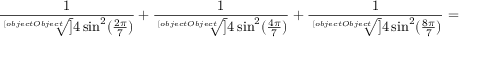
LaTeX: { \frac { 1 } { \sqrt [ [object Object] ] { 4 \sin ^ { 2 } ( { \frac { 2 \pi } { 7 } } ) } } } + { \frac { 1 } { \sqrt [ [object Object] ] { 4 \sin ^ { 2 } ( { \frac { 4 \pi } { 7 } } ) } } } + { \frac { 1 } { \sqrt [ [object Object] ] { 4 \sin ^ { 2 } ( { \frac { 8 \pi } { 7 } } ) } } } =